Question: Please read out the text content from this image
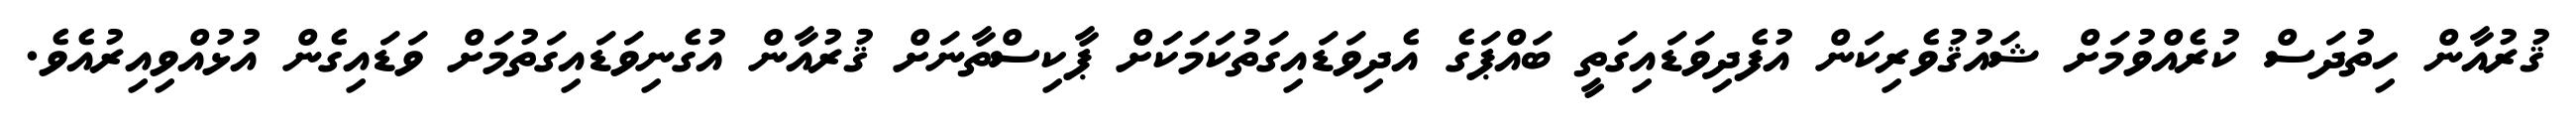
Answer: ޤުރުއާން ހިތުދަސް ކުރެއްވުމަށް ޝައުޤުވެރިކަން އުފެދިވަޑައިގަތީ ބައްޕަގެ އެދިވަޑައިގަތުކަމަކަށް ޕާކިސްތާނަށް ޤުރުއާން އުގެނިވަޑައިގަތުމަށް ވަޑައިގެން އުޅުއްވިއިރުއެވެ.